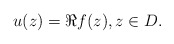
\begin{align*}u(z)=\Re f(z), z\in D.\end{align*}